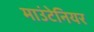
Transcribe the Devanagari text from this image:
माउंटेनियर